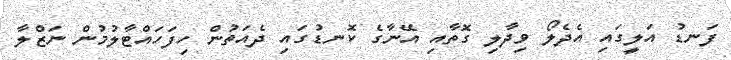
ފަނޑު އަލީގައި އެދެލޯ ވިދާލި ގޮތާއި އޭނާގެ ކޮނޑުގައި ދެއަތުން ހިފަހައްޓާލުމުން ނަޒްލާ